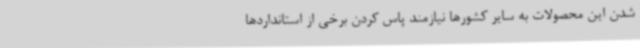
شدن این محصولات به سایر کشورها نیازمند پاس کردن برخی از استانداردها